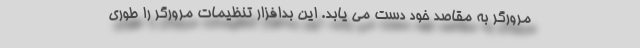
مرورگر به مقاصد خود دست می یابد. این بدافزار تنظیمات مرورگر را طوری